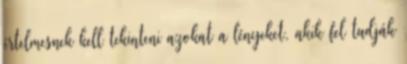
értelmesnek kell tekinteni azokat a lényeket, akik fel tudják